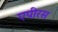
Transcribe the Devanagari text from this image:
एपीरस